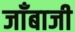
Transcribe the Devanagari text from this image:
जाँबाजी